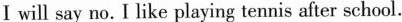
I will say no. I like playing tennis after school.